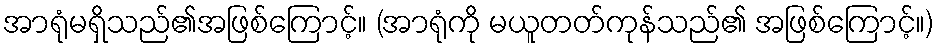
အာရုံမရှိသည်၏အဖြစ်ကြောင့်။ (အာရုံကို မယူတတ်ကုန်သည်၏ အဖြစ်ကြောင့်။)